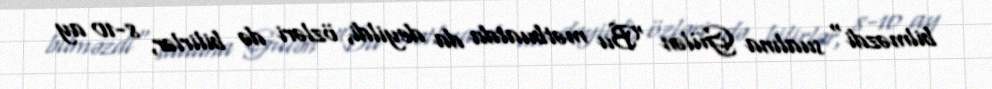
bilməzdi" sualına Gülən "Bu mətbuatda da deyildi, özləri də bilirlər, 8-10 ay